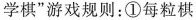
学棋”游戏规则：①每粒棋